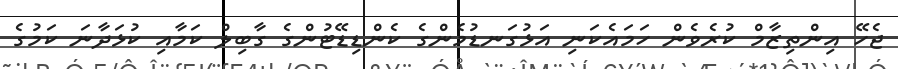
ޖެހޭ އިންތިޒާމް ކުރެވެން ހަމައެކަނި އަޅުގަނޑުމެންގެ ކެންޑިޑޭޓުންގެ ގާބިލް ކަމާއި ކުޅަދާނަ ކަމުގެ